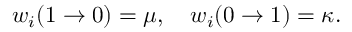
\begin{array} { r } { w _ { i } ( 1 \to 0 ) = \mu , \quad w _ { i } ( 0 \to 1 ) = \kappa . } \end{array}